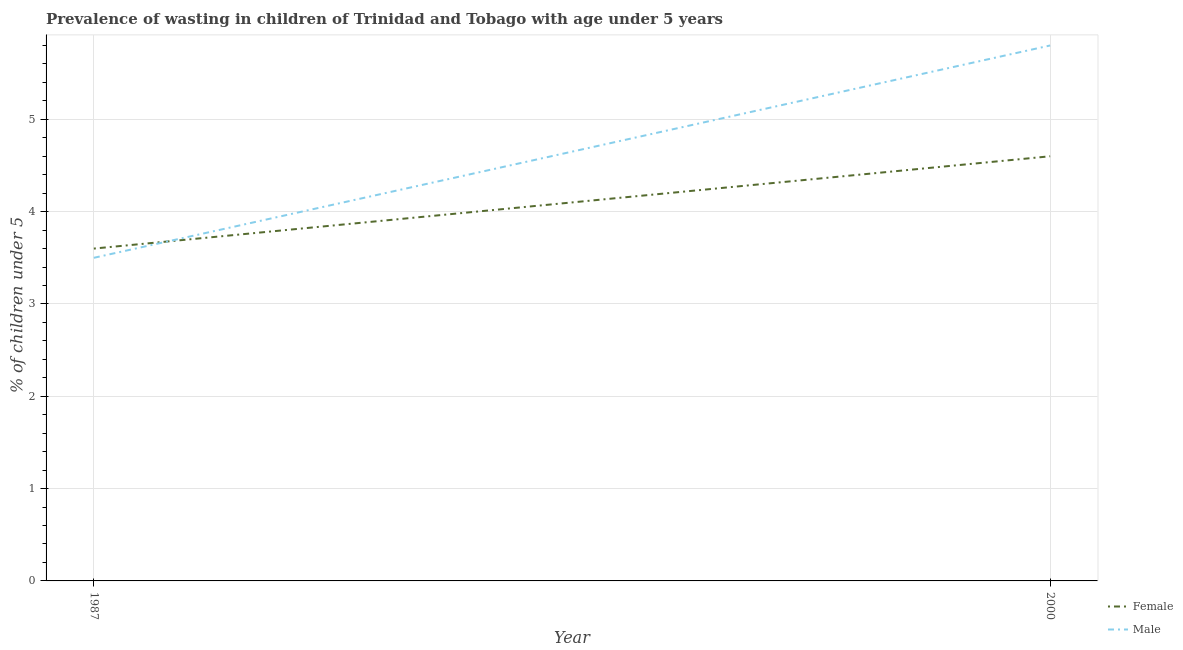
| Year | Female | Male |
 | --- | --- | --- |
 | 1987 | 3.6 | 3.5 |
 | 2000 | 4.6 | 5.8 |